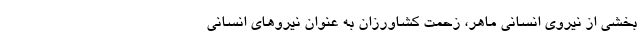
بخشی از نیروی انسانی ماهر، زحمت کشاورزان به عنوان نیرو‌های انسانی